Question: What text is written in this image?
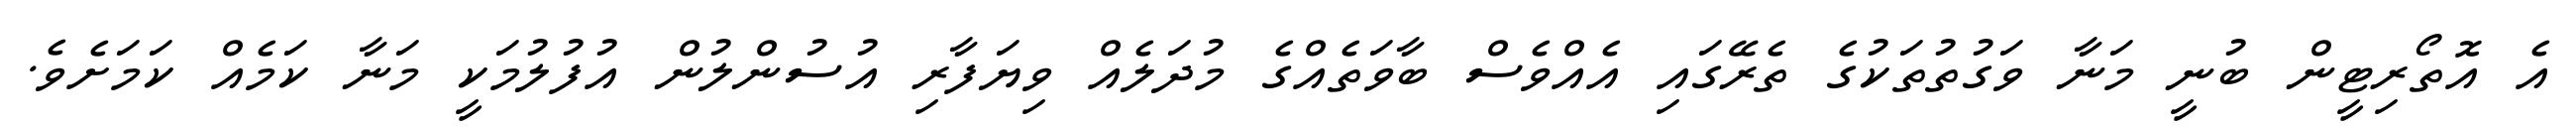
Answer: އެ އޮތޯރިޓީން ބުނީ މަނާ ވަގުތުތަކުގެ ތެރޭގައި އެއްވެސް ބާވަތެއްގެ މުދަލެއް ވިޔަފާރި އުސުންލުން އުފުލުމަކީ މަނާ ކަމެއް ކަމަށެވެ.